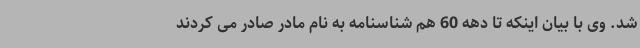
شد. وی با بیان اینکه تا دهه 60 هم شناسنامه به نام مادر صادر می کردند